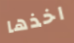
اخذها